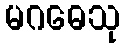
မဂဓေသု